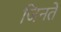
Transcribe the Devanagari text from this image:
जिनते